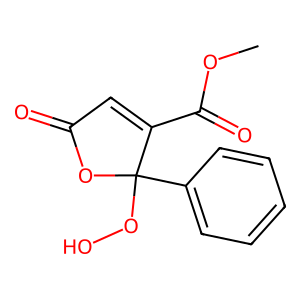
SMILES: COC(=O)C1=CC(=O)OC1(OO)c1ccccc1
Inhibits HIV replication: No